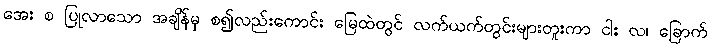
အေး စ ပြုလာသော အချိန်မှ စ၍လည်းကောင်း မြေထဲတွင် လက်ယက်တွင်းများတူးကာ ငါး လ၊ ခြောက်